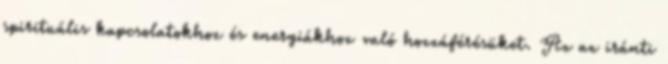
spirituális kapcsolatokhoz és energiákhoz való hozzáférésüket. Az az iránti